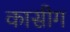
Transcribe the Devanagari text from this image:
कासीग